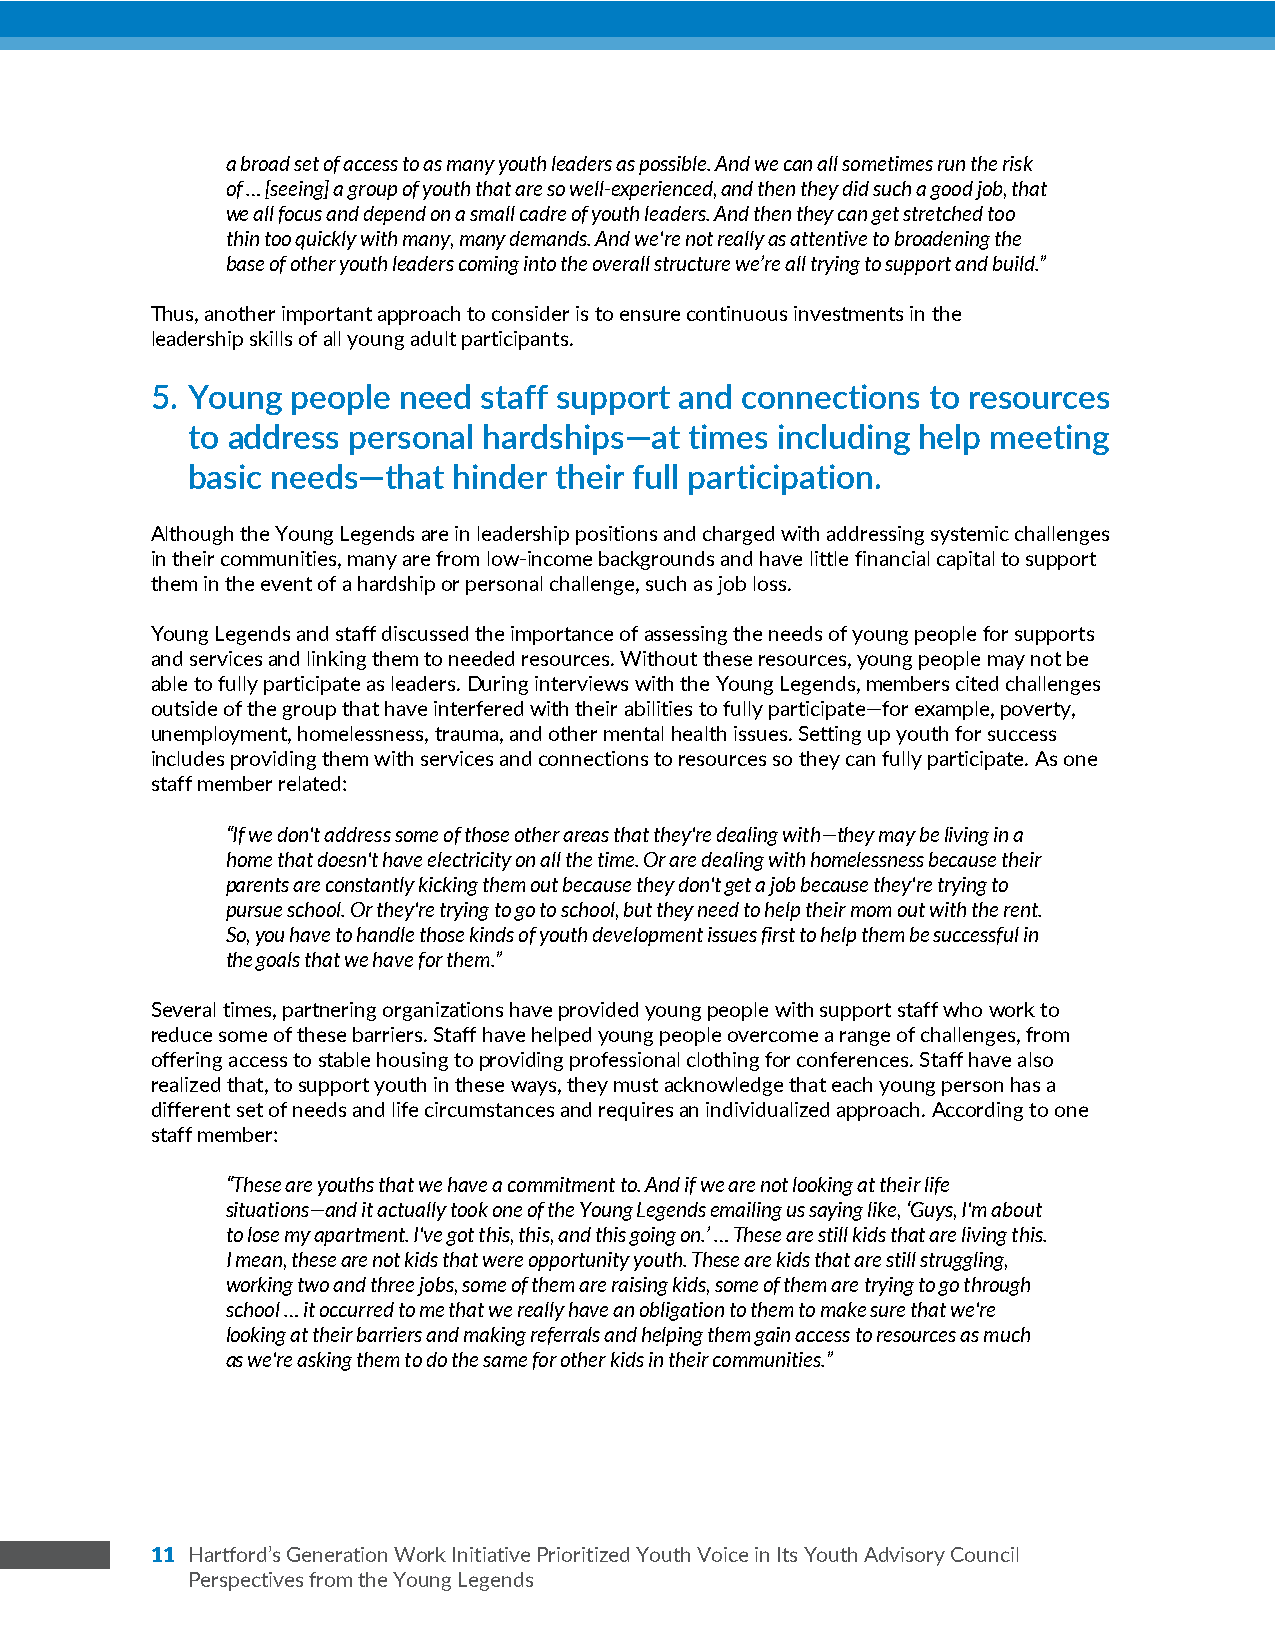
z
 a broad set of access to as many youth leaders as possible. And we can all sometimes run the risk
 of … [seeing] a group of youth that are so well-experienced, and then they did such a good job, that
 we all focus and depend on a small cadre of youth leaders. And then they can get stretched too
 thin too quickly with many, many demands. And we're not really as attentive to broadening the
 base of other youth leaders coming into the overall structure we’re all trying to support and build.”
 Thus, another important approach to consider is to ensure continuous investments in the
 leadership skills of all young adult participants.
 5. Young people need  staff support and connections to resources
 to address personal hardships—at  times including help meeting
 basic needs—that  hinder their full participation.
 Although the Young Legends are in leadership positions and charged with addressing systemic challenges
 in their communities, many are from low-income backgrounds and have little financial capital to support
 them in the event of a hardship or personal challenge, such as job loss.
 Young Legends and staff discussed the importance of assessing the needs of young people for supports
 and services and linking them to needed resources. Without these resources, young people may not be
 able to fully participate as leaders. During interviews with the Young Legends, members cited challenges
 outside of the group that have interfered with their abilities to fully participate—for example, poverty,
 unemployment, homelessness, trauma, and other mental health issues. Setting up youth for success
 includes providing them with services and connections to resources so they can fully participate. As one
 staff member related:
 “If we don't address some of those other areas that they're dealing with—they may be living in a
 home that doesn't have electricity on all the time. Or are dealing with homelessness because their
 parents are constantly kicking them out because they don't get a job because they're trying to
 pursue school. Or they're trying to go to school, but they need to help their mom out with the rent.
 So, you have to handle those kinds of youth development issues first to help them be successful in
 the goals that we have for them.”
 Several times, partnering organizations have provided young people with support staff who work to
 reduce some of these barriers. Staff have helped young people overcome a range of challenges, from
 offering access to stable housing to providing professional clothing for conferences. Staff have also
 realized that, to support youth in these ways, they must acknowledge that each young person has a
 different set of needs and life circumstances and requires an individualized approach. According to one
 staff member:
 “These are youths that we have a commitment to. And if we are not looking at their life
 situations—and it actually took one of the Young Legends emailing us saying like, ‘Guys, I'm about
 to lose my apartment. I've got this, this, and this going on.’ … These are still kids that are living this.
 I mean, these are not kids that were opportunity youth. These are kids that are still struggling,
 working two and three jobs, some of them are raising kids, some of them are trying to go through
 school … it occurred to me that we really have an obligation to them to make sure that we're
 looking at their barriers and making referrals and helping them gain access to resources as much
 as we're asking them to do the same for other kids in their communities.”
 1 1 Hartford’s Generation Work Initiative Prioritized Youth Voice in Its Youth Advisory Council
 Perspectives from the Young Legends